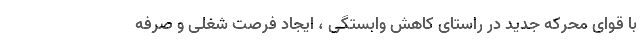
با قوای محرکه جدید در راستای کاهش وابستگی ، ایجاد فرصت شغلی و صرفه